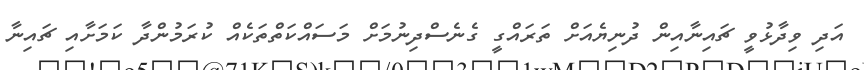
އަދި ވިދާޅުވީ ޗައިނާއިން ދުނިޔެއަށް ތަރައްގީ ގެނެސްދިނުމަށް މަސައްކަތްތަކެއް ކުރަމުންދާ ކަމަށާއި ޗައިނާ